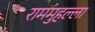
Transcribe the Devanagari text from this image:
राममुहल्ला